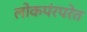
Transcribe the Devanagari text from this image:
लोकपंरपरेत